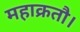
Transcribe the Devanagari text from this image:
महाक्रतौ।